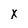
Character: x